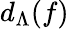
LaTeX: d_{\Lambda}(f)